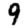
Digit: 9